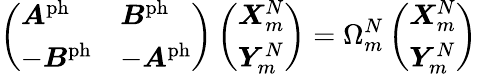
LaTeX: \left(\begin{array}{ll}{\boldsymbol{A}^{\mathrm{ph}}}&{\boldsymbol{B}^{\mathrm{ph}}}\\ {-\boldsymbol{B}^{\mathrm{ph}}}&{-\boldsymbol{A}^{\mathrm{ph}}}\end{array}\right)\left(\begin{array}{l}{\boldsymbol{X}_{m}^{N}}\\ {\boldsymbol{Y}_{m}^{N}}\end{array}\right)=\Omega_{m}^{N}\left(\begin{array}{l}{\boldsymbol{X}_{m}^{N}}\\ {\boldsymbol{Y}_{m}^{N}}\end{array}\right)